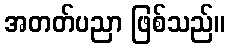
အတတ်ပညာ ဖြစ်သည်။